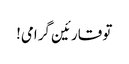
تو قارئین گرامی!